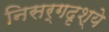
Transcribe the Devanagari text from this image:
निसर्गदृश्ये